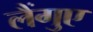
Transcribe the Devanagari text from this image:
लैंगुए